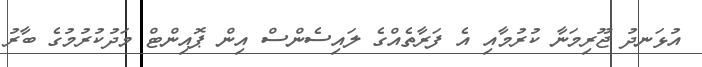
އުޅަނދު ޖޫރިމަނާ ކުރުމާއި އެ ފަރާތެއްގެ ލައިސެންސް އިން ޕޮއިންޓް މަދުކުރުމުގެ ބާރު